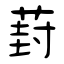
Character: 葑